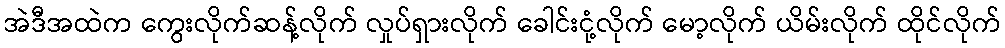
အဲဒီအထဲက ကွေးလိုက်ဆန့်လိုက် လှုပ်ရှားလိုက် ခေါင်းငုံ့လိုက် မော့လိုက် ယိမ်းလိုက် ထိုင်လိုက်